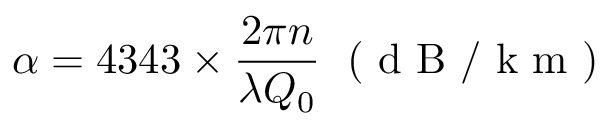
\alpha = 4 3 4 3 \times \frac { 2 \pi n } { \lambda Q _ { 0 } } \; \textrm { ( d B / k m ) }